NAE_ERA_R-1992_EV_Ehitusministeerium, lk 20
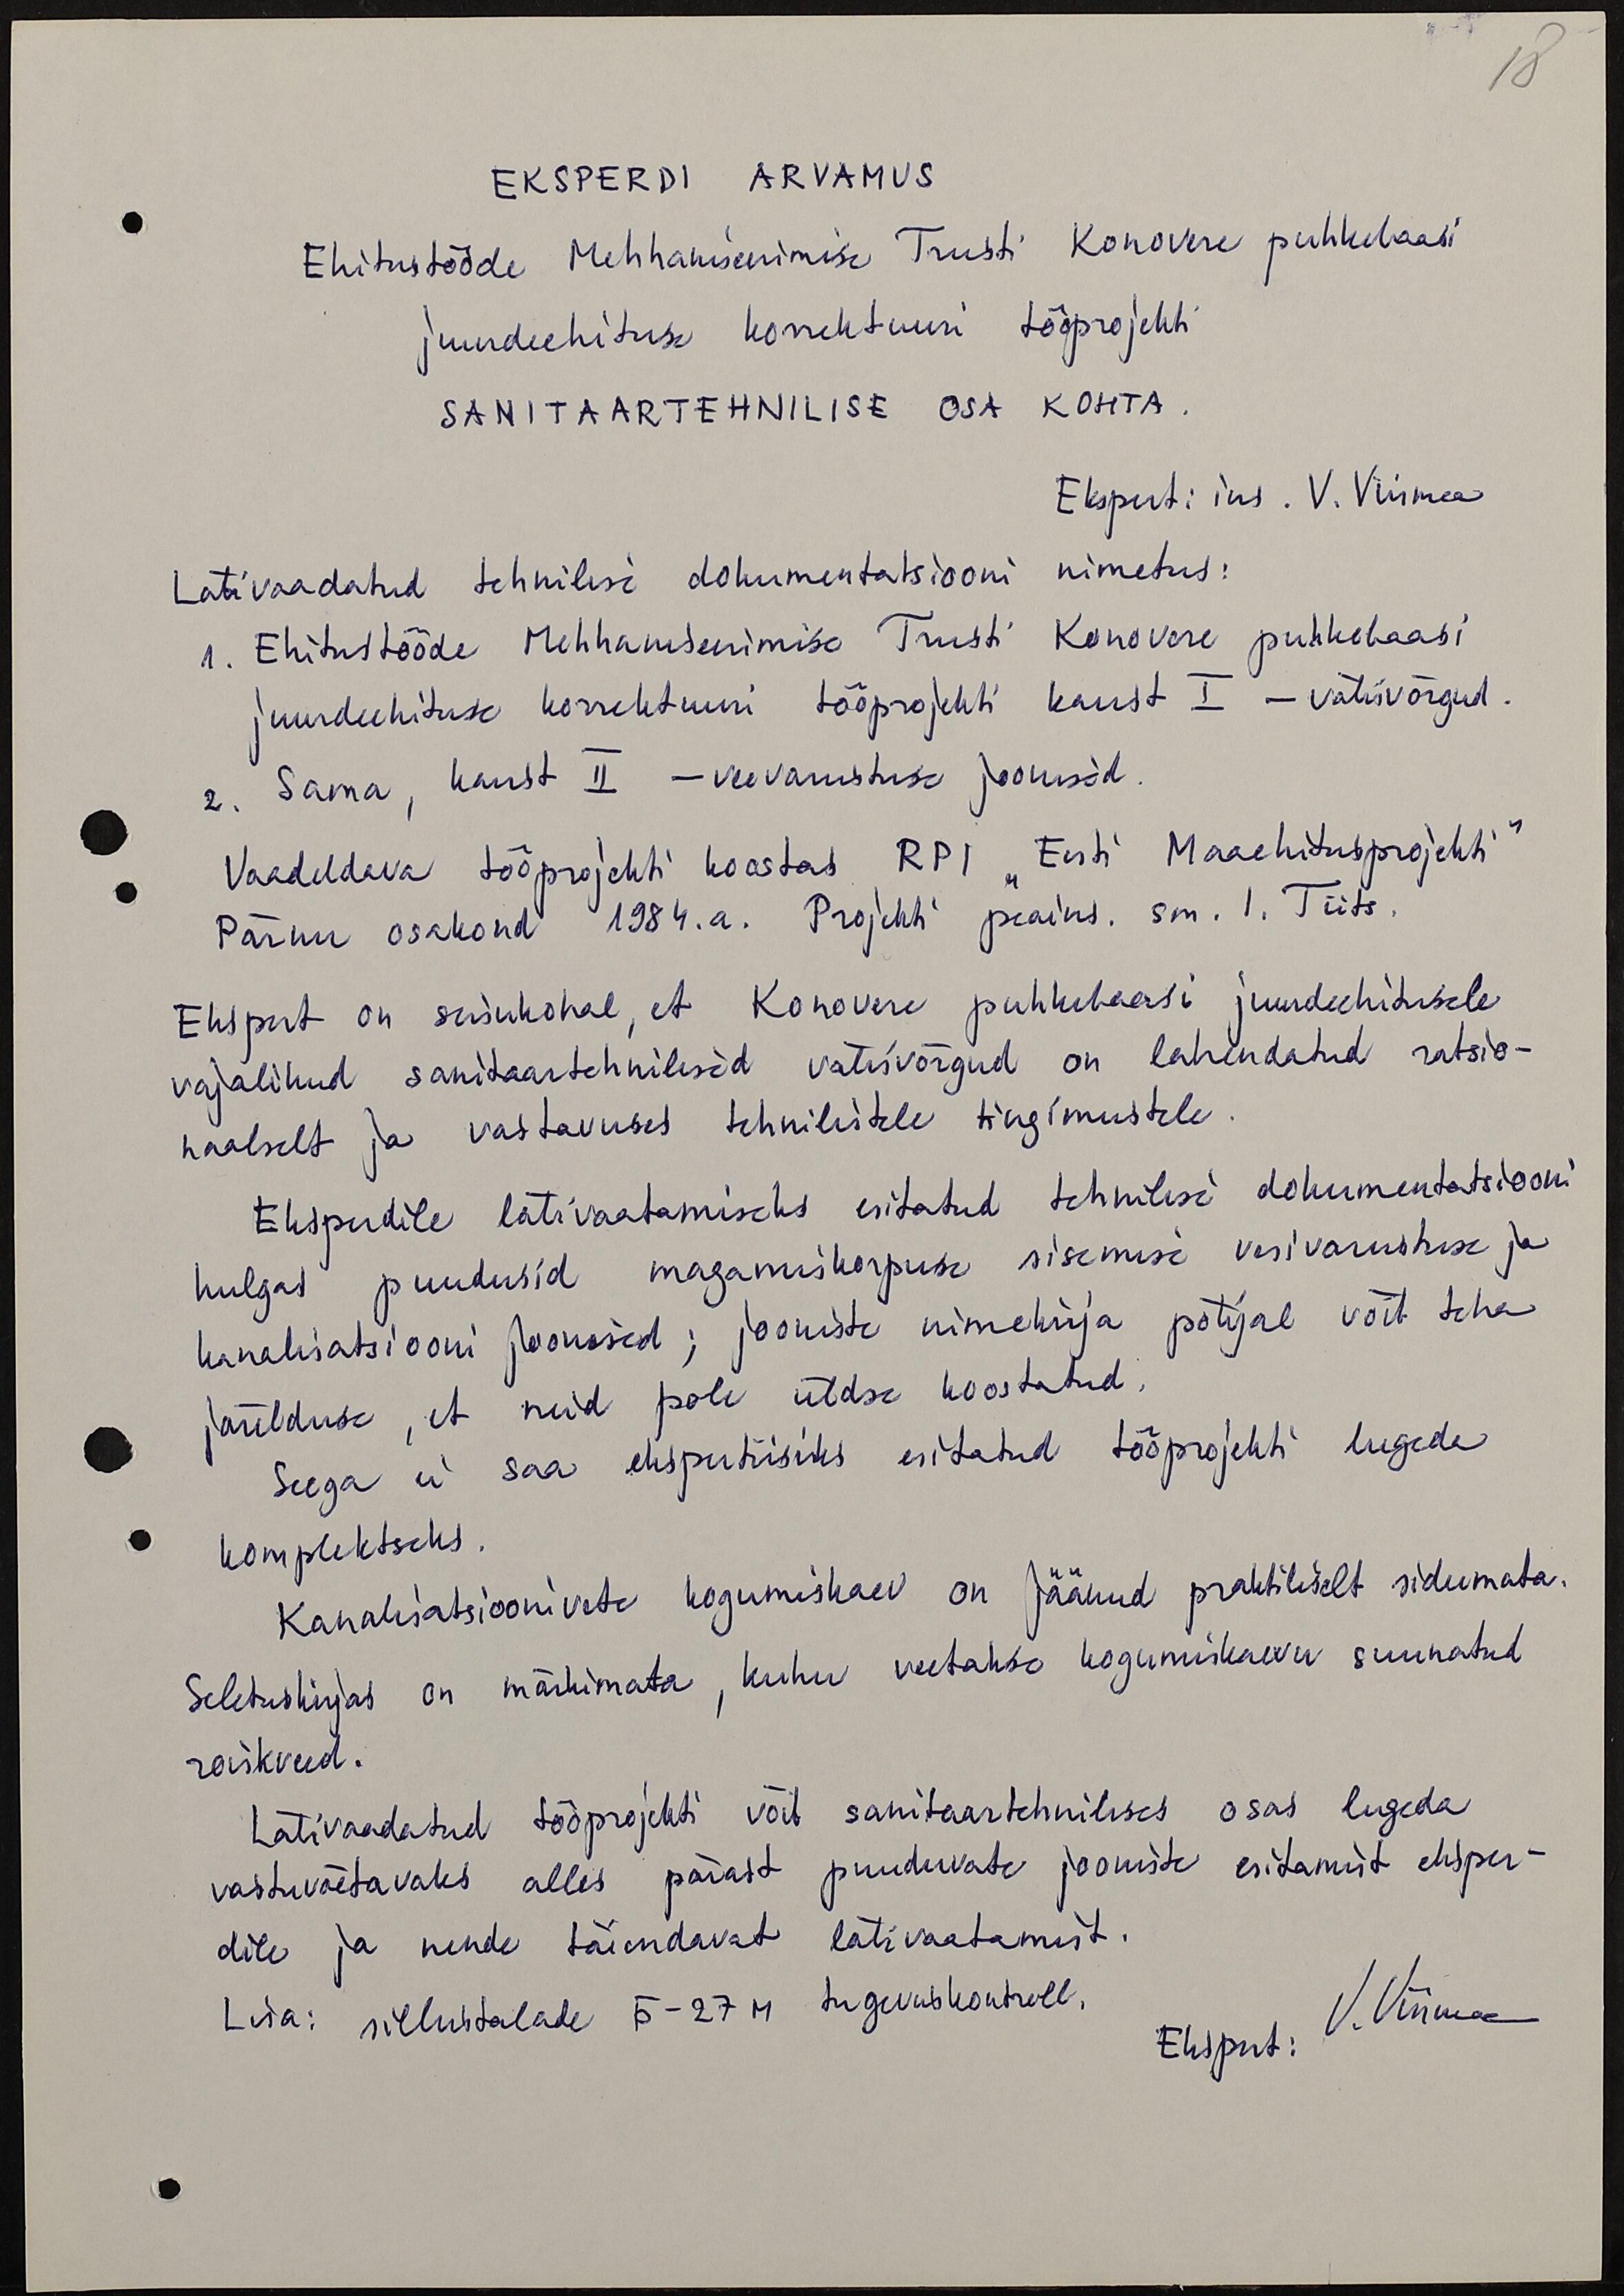
18

EKSPERDI ARVAMUS
Ehitustööde Mehhaniseerimise Trusti Konovere puhkebaasi
juurdeehituse korrektuuri tööprojekti
SANITAARTEHNILISE osa kohta
Ekspert: ins. V. Viirmaa
Läbivaadatud tehnilise dokumentatsiooni nimetus:
1. Ehitustööde Mehhaniseerimise Trusti Konovere puhkebaasi
juurdeehituse korrektuuri tööprojekti kaust I - välisvõrgud.
2. Sama, kaust II - veevarustuse joonised.
Vaadeldava tööprojekti koostas RPI "Eesti Maaehitusprojekti"
Pärnu osakond 1984.a. Projekti peains. sm. I. Tiits.
Ekspert on seisukohal, et Konovere puhkebaasi juurdeehitusele
vajalikud sanitaartehnilised välisvõrgud on lahendatud ratsio-
naalselt ja vastavuses tehnilistele tingimustele
Eksperdile läbivaatamiseks esitatud tehnilise dokumentatsiooni
hulgas puudusid magamiskorpuse sisemise vesivarustuse ja
kanalisatsiooni joonised; jooniste nimekirja põhjal võib teha
järelduse, et neid pole üldse koostatud.
Seega ei saa ekspertiisiks esitatud tööprojekti lugeda
komplektseks.
Kanalisatsioonivete kogumiskaev on jäänud praktiliselt sidumata.
Seletuskirjas on märkimata, kuhu veetakse kogumiskaevu suunatud
roiskveed.
Läbivaadatud tööprojekti võib sanitaartehnilises osas lugeda
vastuvõetavaks alles pärast puuduvate jooniste esitamist eksper-
dile ja nende täiendavat läbivaatamist.
Lisa: sillustalade Б-27 M tugevuskontroll.
Ekspert: V. Viirma